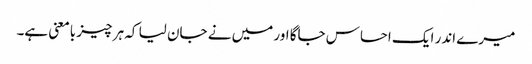
میرے اندر ایک احساس جاگا اور میں نے جان لیا کہ ہر چیز بامعنی ہے۔